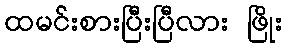
ထမင်းစားပြီးပြီလား ဖြိုး